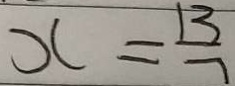
x = \frac { 1 3 } { 7 }